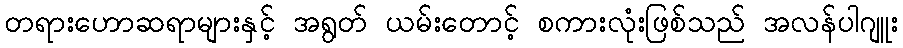
တရားဟောဆရာများနှင့် အရွတ် ယမ်းတောင့် စကားလုံးဖြစ်သည် အလန်ပါဂျူး